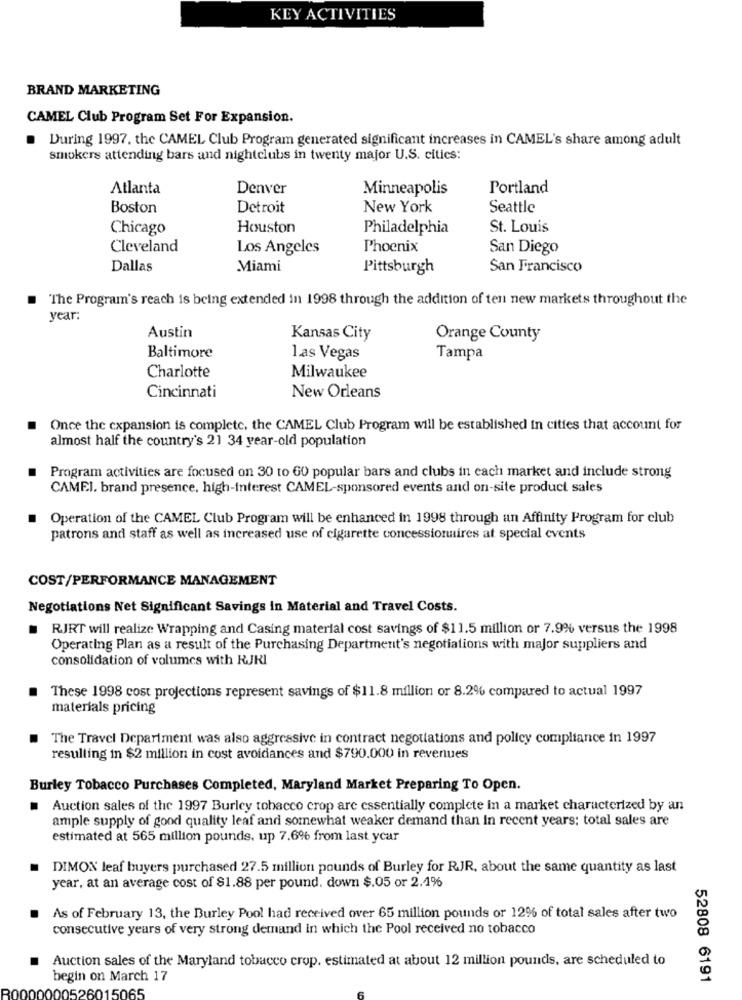
KEY ACTIVITIES
BRAND MARKETING
CAMEL Club Program Set For Expansion.
During 1997. the CAMEL Club Program generated significant increases in CAMEL's share among adult
smokers attending bars and nightclubs in twenty major U.S. cities:
Atlanta
Denver
Minneapolis
Portland
Boston
Detroit
New York
Seattle
Chicago
Houston
Philadelphia
St. Louis
Cleveland
Los Angeles
Phoenix
San Diego
Dallas
Miami
Pittsburgh
San Francisco
The Program's reach is being extended in 1998 through the addition of ten new markets throughout the
year:
Austin
Kansas City
Orange County
Baltimore
las Vegas
Tampa
Charlotte
Milwaukee
Cincinnati
New Orleans
Once the expansion is complete, the CAMEL Club Program will be established in cities that account for
almost half the country's 21 34 year-old population
Program activities are focused on 30 to 60 popular bars and clubs in each market and include strong
CAMEI. brand presence, high-Interest CAMEL-sponsored events and on-site product sales
Operation of the CAMEL Club Program will be enhanced in 1998 through an Affinity Program for club
patrons and staff as well as increased use of cigarette concessionnaires at special events
COST/PERFORMANCE MANAGEMENT
Negotiations Net Significant Savings In Material and Travel Costs.
.
RJRT will realize Wrapping and Casing material cost savings of $11.5 million or 7.9% versus the 1998
Operating Plan as a result of the Purchasing Department's negotiations with major suppliers and
consolidation of volumes with RJKI
These 1998 cost projections represent savings of $11.8 million or 8.2% compared to actual 1997
materials pricing
The Travel Department was also aggressive in contract negotiations and policy compliance in 1997
resulting in $2 million in cost avoidances and $790.000 in revenues
Burley Tobacco Purchases Completed, Maryland Market Preparing To Open.
.
Auction sales of the 1997 Burley tobacco crop are essentially complete in a market characterized by an
ample supply of good quality leaf and somewhat weaker demand than In recent years; total sales are
estimated at 565 million pounds, up 7.6% from last year
DIMON leaf buyers purchased 27.5 million pounds of Burley for RJR, about the same quantity as last
year, at an average cost of $1.88 per pound. down $.05 or 2.4%
As of February 13, the Burley Pool had received over 65 million pounds or 12% of total sales after two
consecutive years of very strong demand in which the Pool received no tobacco
Auction sales of the Maryland tobacco crop. estimated at about 12 million pounds, are scheduled to
begin on March 17
52808 6191
000526015065